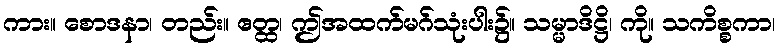
ကား။ စောဒနာ၊ တည်း။ ဧတ္ထ၊ ဤအထက်မဂ်သုံးပါး၌။ သမ္မာဒိဋ္ဌိ၊ ကို။ သကိစ္စကာ၊